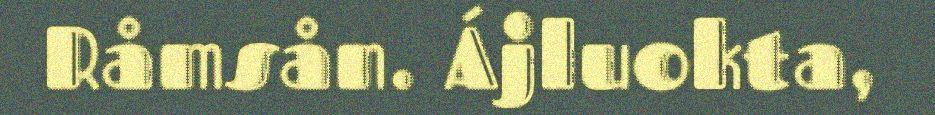
Råmsån. Ájluokta,